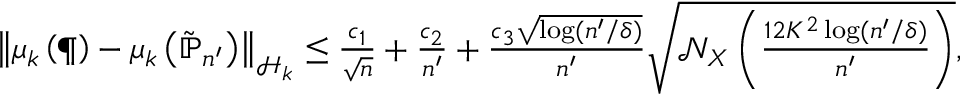
\begin{array} { r } { \left\| { \mu _ { k } \left( \P \right) - \mu _ { k } \left( \tilde { \mathbb { P } } _ { n ^ { \prime } } \right) } \right\| _ { \mathcal { H } _ { k } } \leq \frac { c _ { 1 } } { \sqrt { n } } + \frac { c _ { 2 } } { n ^ { \prime } } + \frac { c _ { 3 } \sqrt { \log ( n ^ { \prime } / \delta ) } } { n ^ { \prime } } \sqrt { \mathcal N _ { X } \left( \frac { 1 2 K ^ { 2 } \log ( n ^ { \prime } / \delta ) } { n ^ { \prime } } \right) } , } \end{array}